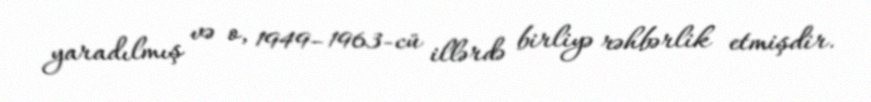
yaradılmış və o, 1949–1963-cü illərdə birliyə rəhbərlik etmişdir.